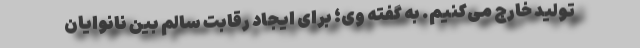
تولید خارج می‌کنیم. به گفته وی؛ برای ایجاد رقابت سالم بین نانوایان